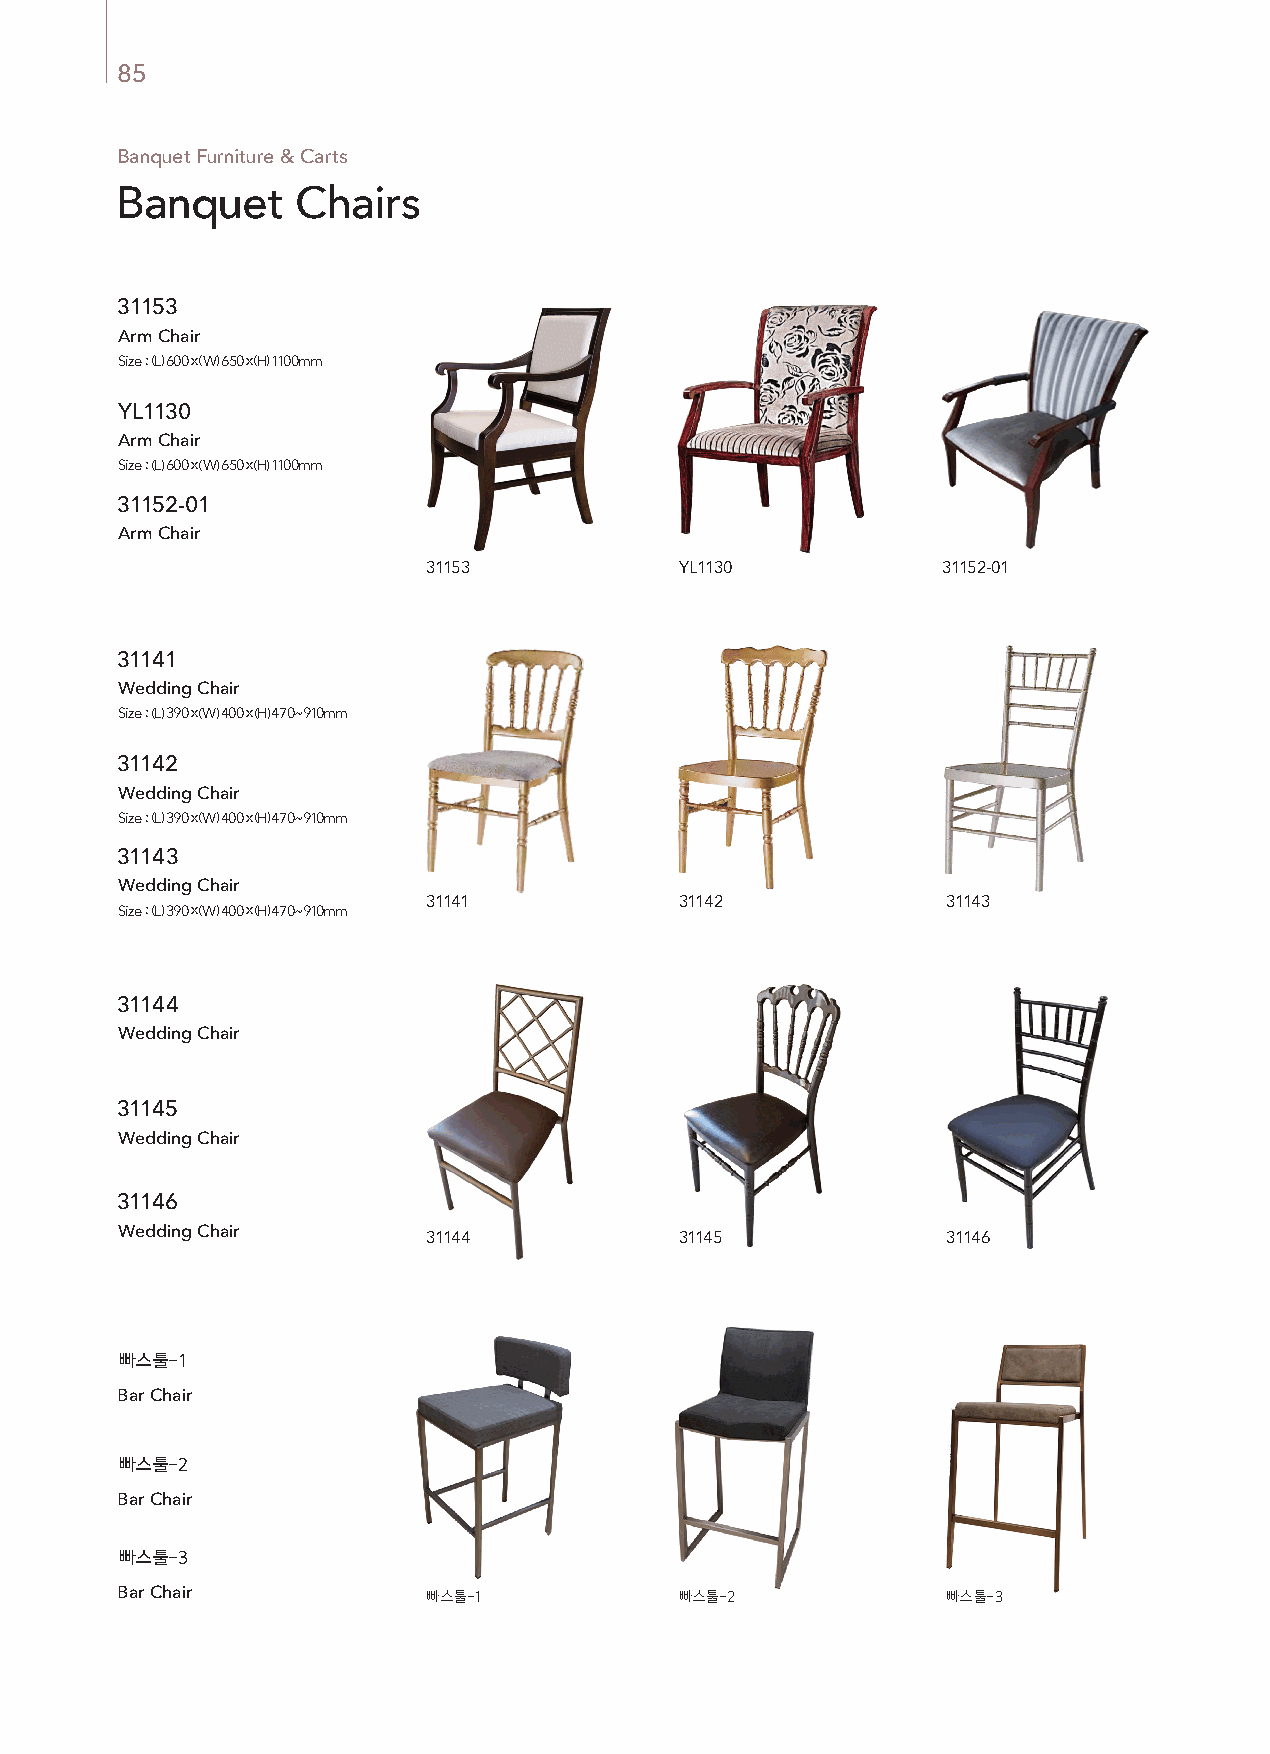
85
 Banquet Furniture & Carts
 Banquet     Chairs
 31153
 Arm Chair
 Size : (L) 600 x (W) 650 x (H) 1100mm
 YL1130
 Arm Chair
 Size : (L) 600 x (W) 650 x (H) 1100mm
 31152-01
 Arm Chair
 Size : (L) 460 x (W) 520 x (H) 470~930mm
 31153            YL1130           31152-01
 31141
 Wedding Chair
 Size : (L) 390 x (W) 400 x (H) 470~910mm
 31142
 Wedding Chair
 Size : (L) 390 x (W) 400 x (H) 470~910mm
 31143
 Wedding Chair
 31141            31142             31143
 Size : (L) 390 x (W) 400 x (H) 470~910mm
 31144
 Wedding Chair
 Size : (L) 390 x (W) 400 x (H) 470~910mm
 31145
 Wedding Chair
 Size : (L) 390 x (W) 400 x (H) 470~910mm
 31146
 Wedding Chair
 31144            31145             31146
 Size : (L) 390 x (W) 400 x (H) 470~910mm
 빠스툴-1
 Bar Chair
 빠스툴-2
 Bar Chair
 빠스툴-3
 Bar Chair           빠스툴-1            빠스툴-2             빠스툴-3